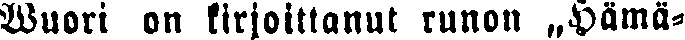
Wuori on kirjoittanut runon „Hämä-